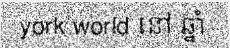
york world នៅ ឆ្នាំ